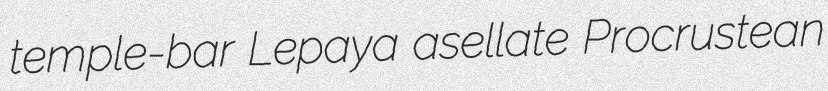
temple-bar Lepaya asellate Procrustean